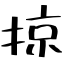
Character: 掠